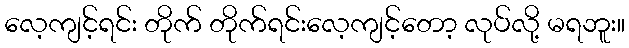
လေ့ကျင့်ရင်း တိုက် တိုက်ရင်းလေ့ကျင့်တော့ လုပ်လို့ မရဘူး။